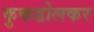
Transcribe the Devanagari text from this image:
कुकडोलकर